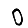
Digit: 0